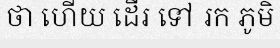
ថា ហើយ ដើរ ទៅ រក ភូមិ